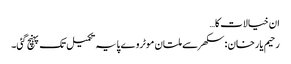
ان خیالات کا…
رحیم یارخان :سکھر سے ملتان موٹروے پایہ تکمیل تک پہنچ گئی۔